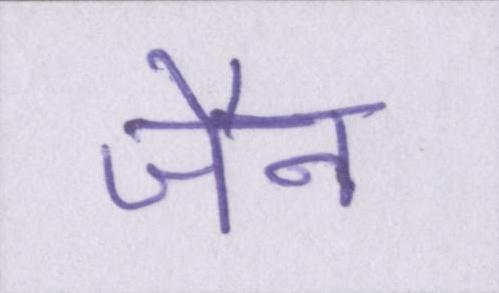
जैन